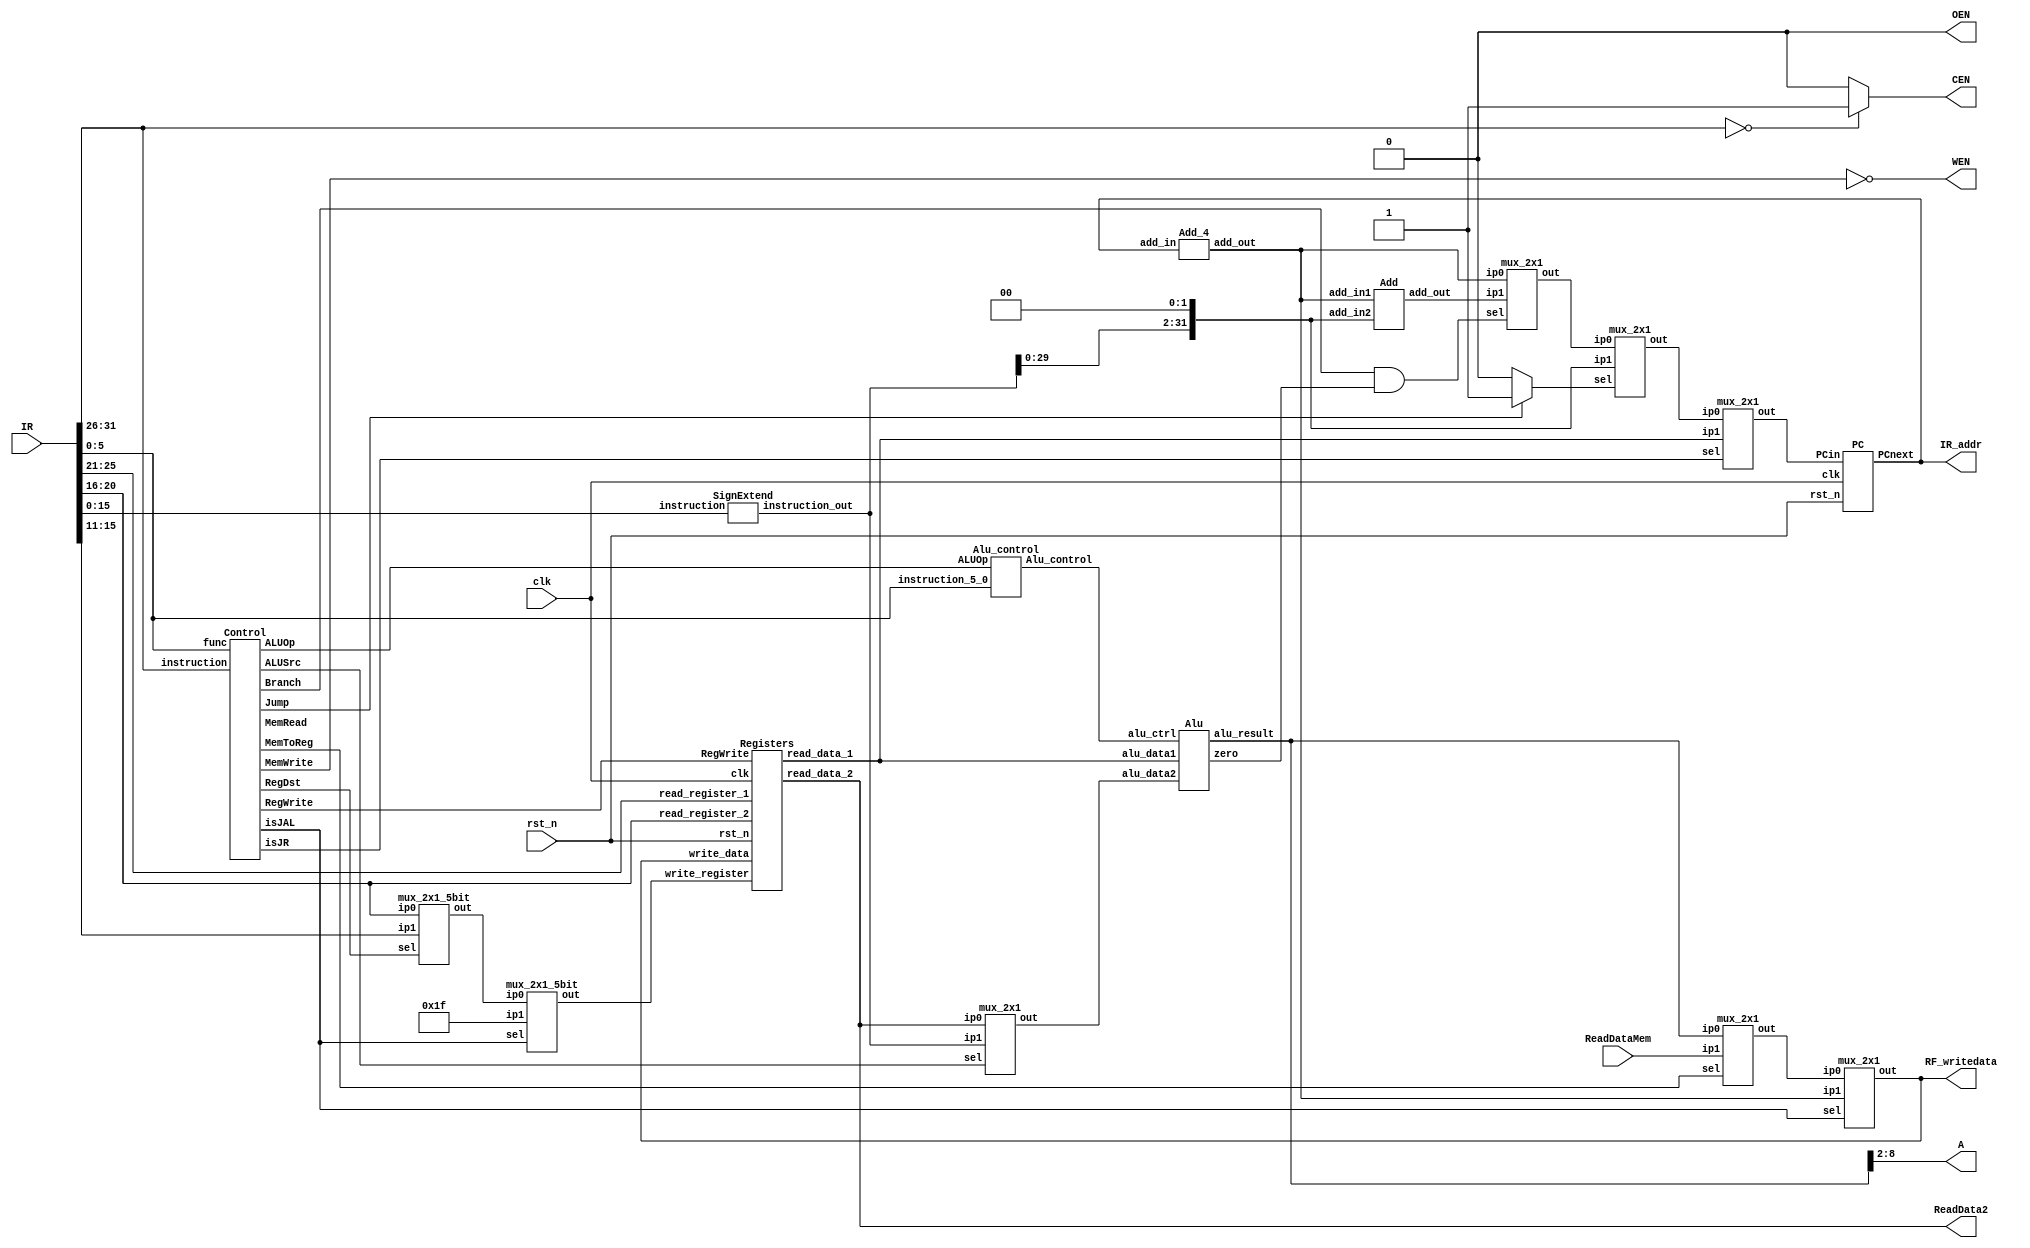
// Single Cycle MIPS
//=========================================================
// Input/Output Signals:
// positive-edge triggered         clk
// active low asynchronous reset   rst_n
// instruction memory interface    IR_addr, IR
// output for testing purposes     RF_writedata  
//=========================================================
// Wire/Reg Specifications:
// control signals             MemToReg, MemRead, MemWrite, 
//                             RegDST, RegWrite, Branch, 
//                             Jump, ALUSrc, ALUOp
// ALU control signals         ALUctrl
// ALU input signals           ALUin1, ALUin2
// ALU output signals          ALUresult, ALUzero
// instruction specifications  r, j, jal, jr, lw, sw, beq
// sign-extended signal        SignExtend
// MUX output signals          MUX_RegDST, MUX_MemToReg, 
//                             MUX_Src, MUX_Branch, MUX_Jump
// registers input signals     Reg_R1, Reg_R2, Reg_W, WriteData 
// registers                   Register
// registers output signals    ReadData1, ReadData2
// data memory contral signals CEN, OEN, WEN
// data memory output signals  ReadDataMem
// program counter/address     PCin, PCnext, JumpAddr, BranchAddr
//=========================================================

module SingleCycle_MIPS( 
    clk,
    rst_n,
    IR_addr,
    IR,
    RF_writedata,
    ReadDataMem,
    CEN,
    WEN,
    A,
    ReadData2,
    OEN
);




//==== in/out declaration =================================
    //-------- processor ----------------------------------
    input         clk, rst_n;
    input  [31:0] IR;
    output [31:0] IR_addr, RF_writedata;
    //-------- data memory --------------------------------
    input  [31:0] ReadDataMem;  // read_data from memory
    output        CEN;  // chip_enable, 0 when you read/write data from/to memory
    output        WEN;  // write_enable, 0 when you write data into SRAM & 1 when you read data from SRAM
    output  [6:0] A;  // address
    output [31:0] ReadData2;  // write_data to memory
    output        OEN;  // output_enable, 0

//==== reg/wire declaration ===============================
    wire [25:0] Inst_25_0;
    wire [4:0] Inst_25_21;
    wire [4:0] Inst_20_16;
    wire [4:0] Inst_15_11;
    wire [15:0] Inst_15_0;
    wire [5:0] Inst_5_0;
    //wire [31:0] shamt; //Shift Amount for SLL and SRL??
    wire [31:0] pc;        //Program Counter
    wire [31:0] PCnext;
    wire [5:0] opcode;
    wire [5:0] funct;
    
    //wire [31:0] ReadData1;
    //wire bcond;
    wire RegDst;
    wire ALUSrc;
    wire MemtoReg;
    wire RegWrite; 
    wire MemRead;
    wire MemWrite;
    wire Jump;
    wire Jump_true;
    wire [1:0] ALUOp;
    wire Branch;
    wire isJAL;
    wire isJR;
    //wire PCSrc1;
    wire zero;
    //wire PCSrc2;
    wire [3:0] ALU_control;
    wire [31:0] ALU_Result;
    wire [31:0] ALU_data1;
    wire [31:0] ALU_data2;
    wire [4:0] register_rd_addr1;
    wire [4:0] register_rd_addr2;
    wire [31:0] register_rd_data2;

    wire [4:0] register_wr_addr;
    wire [31:0] register_wr_data;

    wire [31:0] Add_result;
    wire [31:0] mem_alu_data_out;
    wire [31:0] pc_plus_4;        //PC + 8 to be written to GPR[31] on JAL
    //wire isJAL;    //Set when Instruction is JAL
    //wire isSLL_SRL;//Set when Instruction is SLL or SRL
    wire [31:0] Inst_15_0_sign_extend,Inst_15_0_sign_extend_shift_2; 
    wire [31:0] br_signext_sl2;
    wire [31:0] JumpAddr;
    wire Mux_sel_a;
    wire [4:0] Mux_out_d;
    wire [31:0] Mux_out_a,Mux_out_c,Mux_out_b;
  

  

    assign opcode = IR[31:26];
    assign Inst_5_0  = IR[5:0];
    assign Inst_25_0   = IR[25:0];
    assign Inst_25_21  = IR[25:21];
    assign Inst_20_16  = IR[20:16];
    assign Inst_15_11  = IR[15:11];
    assign Inst_15_0   = IR[15:0];
    assign Inst_15_0_sign_extend_shift_2 = Inst_15_0_sign_extend<<2;
    assign JumpAddr = Inst_15_0_sign_extend_shift_2;
    assign Mux_sel_a = Branch & zero;
    assign WEN =   !MemWrite;
    assign CEN =(!opcode)? 1:0;
    assign OEN = 0;
    assign A = ALU_Result[8:2];
    assign Jump_true = (Jump==1'b1) ? 1:0;

    assign IR_addr=pc;
    assign RF_writedata=register_wr_data;
    //assign ALU_data1 = ReadData1;
    assign register_rd_addr1 = Inst_25_21;
    assign register_rd_addr2 = Inst_20_16;
    assign ReadData2 = register_rd_data2;
    



SignExtend SignExtend_0(Inst_15_0,Inst_15_0_sign_extend);

Alu_control Alu_control_0(
    .instruction_5_0(Inst_5_0),
    .ALUOp(ALUOp),
    .Alu_control(ALU_control)
);

Registers Registers_0(
    .clk(clk),
    .rst_n(rst_n),
    .RegWrite(RegWrite),
    .read_register_1(register_rd_addr1),
    .read_register_2(register_rd_addr2),
    .write_register(register_wr_addr),
    .write_data(register_wr_data),
    .read_data_1(ALU_data1) ,
    .read_data_2(register_rd_data2)
);
   
Alu Alu_0(
    .alu_data1(ALU_data1),
    .alu_data2(ALU_data2),
    .alu_ctrl(ALU_control),
    .zero(zero),
    .alu_result(ALU_Result)
);

Add_4 Add_4_0(
    .add_in(pc),
    .add_out(pc_plus_4)
);

Control Control_0(
    .instruction(opcode),
    .func(Inst_5_0),
    .RegDst(RegDst),
    .Jump(Jump),
    .Branch(Branch),
    .MemRead(MemRead),
    .MemToReg(MemtoReg),
    .ALUOp(ALUOp),
    .MemWrite(MemWrite),
    .ALUSrc(ALUSrc),
    .RegWrite(RegWrite),
    .isJAL(isJAL),
    .isJR(isJR)
);

Add Add_0(
    .add_in1(pc_plus_4),
    .add_in2(Inst_15_0_sign_extend_shift_2),
    .add_out(Add_result)
);

mux_2x1 mux_2x1_a(
    .ip1(Add_result), 
    .ip0(pc_plus_4), 
    .sel(Mux_sel_a), 
    .out(Mux_out_a)
);

mux_2x1 mux_2x1_b(
    .ip1(JumpAddr), 
    .ip0(Mux_out_a), 
    .sel(Jump_true), 
    .out(Mux_out_b)
);

mux_2x1 mux_2x1_c(
    .ip1(ReadDataMem), 
    .ip0(ALU_Result), 
    .sel(MemtoReg), 
    .out(Mux_out_c)
);

mux_2x1_5bit mux_2x1_d(
    .ip1(Inst_15_11), 
    .ip0(Inst_20_16), 
    .sel(RegDst), 
    .out(Mux_out_d)
);

mux_2x1 mux_2x1_e(
    .ip1(Inst_15_0_sign_extend), 
    .ip0(register_rd_data2), 
    .sel(ALUSrc),
    .out(ALU_data2)
);

mux_2x1 mux_2x1_f(
    .ip1(pc_plus_4), 
    .ip0(Mux_out_c), 
    .sel(isJAL), 
    .out(register_wr_data)
);

mux_2x1_5bit mux_2x1_g(
    .ip1(5'd31), 
    .ip0(Mux_out_d), 
    .sel(isJAL), 
    .out(register_wr_addr)
);

mux_2x1 mux_2x1_h(
    .ip1(ALU_data1), 
    .ip0(Mux_out_b), 
    .sel(isJR), 
    .out(PCnext)
);

PC PC_0(
    .clk(clk),
    .rst_n(rst_n),
    .PCin(PCnext),
    .PCnext(pc)
);
//==== combinational part =================================


//==== sequential part ====================================


//=========================================================
endmodule

module Registers(
    clk,
    rst_n,
    RegWrite,
    read_register_1,
    read_register_2,
    write_register,
    write_data,
    read_data_1,
    read_data_2
);
    input RegWrite;
    input clk,rst_n;
    input [4:0] read_register_1,read_register_2,write_register;
    input [31:0] write_data;
    output [31:0] read_data_1,read_data_2;
    reg [31:0] read_data_1_reg,read_data_2_reg;
    reg [31:0] register_file [1:31];
    
    assign read_data_1 = (read_register_1==5'd0) ? 32'd0 : register_file[read_register_1]; 
    assign read_data_2 = (read_register_2==5'd0) ? 32'd0 : register_file[read_register_2]; 



    always@(negedge rst_n or posedge clk)
    begin
        if(rst_n==1'b0)begin
            register_file[1]<=32'b0;
            register_file[2]<=32'b0;
            register_file[3]<=32'b0;
            register_file[4]<=32'b0;
            register_file[5]<=32'b0;
            register_file[6]<=32'b0;
            register_file[7]<=32'b0;
            register_file[8]<=32'b0;
            register_file[9]<=32'b0;
            register_file[10]<=32'b0;
            register_file[11]<=32'b0;
            register_file[12]<=32'b0;
            register_file[13]<=32'b0;
            register_file[14]<=32'b0;
            register_file[15]<=32'b0;
            register_file[16]<=32'b0;
            register_file[17]<=32'b0;
            register_file[18]<=32'b0;
            register_file[19]<=32'b0;
            register_file[20]<=32'b0;
            register_file[21]<=32'b0;
            register_file[22]<=32'b0;
            register_file[23]<=32'b0;
            register_file[24]<=32'b0;
            register_file[25]<=32'b0;
            register_file[26]<=32'b0;
            register_file[27]<=32'b0;
            register_file[28]<=32'b0;
            register_file[29]<=32'b0;
            register_file[30]<=32'b0;
            register_file[31]<=32'b0;
            read_data_1_reg<=32'b0;
            read_data_2_reg<=32'b0;  
        end
        else begin
            if(RegWrite) begin
                register_file[write_register]<=write_data;
            end
        end
    end



endmodule



module Add_4(
    add_in,
    add_out
);
    input [31:0] add_in;
    output [31:0] add_out;
    reg [31:0] add_value;
    
    assign add_out=add_value;
    
    
    always@(*)
    begin
        add_value=add_in+4;
    end

endmodule

module Add(
    add_in1,
    add_in2,
    add_out
);
    input [31:0] add_in1,add_in2;
    output [31:0] add_out;
    reg [31:0] add_value;
    
    assign add_out=add_value;
    
    
    always@(*)
    begin
        add_value=add_in1+add_in2;
    end

endmodule



module Control(
    instruction,
    func,
    RegDst,
    Jump,
    Branch,
    MemRead,
    MemToReg,
    ALUOp,
    MemWrite,
    ALUSrc,
    RegWrite,
    isJAL,
    isJR
);

input [5:0] instruction;
input[5:0] func;
output RegDst,Jump,Branch,MemRead,MemToReg,MemWrite,ALUSrc,RegWrite,isJAL,isJR;
output [1:0] ALUOp;
reg RegDst_reg,Jump_reg,Branch_reg,MemRead_reg,MemToReg_reg,MemWrite_reg,ALUSrc_reg,RegWrite_reg;
reg ALUOp_reg[1:0];

`define BEQ  6'b000100
`define LB   6'b100000
`define LW   6'b100011
`define SB   6'b101000
`define SW   6'b101011
`define JR   6'b001000
`define J    6'b000010
`define JAL  6'b000011
`define JR   6'b001000

assign RegDst= (instruction==6'b0);
assign Jump=(instruction==`J)   || (instruction==`JAL);
assign Branch=(instruction==`BEQ);
assign MemRead=(instruction==`LW)  || (instruction==`LB);
assign MemToReg=(instruction==`LW) || (instruction==`LB);
assign MemWrite=(instruction==`SW)  || (instruction==`SB);
assign ALUSrc=(instruction!=6'b0)&& (instruction!=`BEQ);
assign RegWrite=(instruction!=`SW) && (instruction!=`BEQ) && (instruction!=`J) && (!((instruction==6'd0) &&  (func==`JR))); 
assign ALUOp[1]=(instruction==6'b0);
assign ALUOp[0]=(instruction==`BEQ);
assign isJAL = (instruction==`JAL);
assign isJR = (instruction==6'd0) && (func==`JR);



endmodule

module Alu(
    alu_data1,
    alu_data2,
    alu_ctrl,
    zero,
    alu_result
);

    input [31:0] alu_data1,alu_data2;
    input [3:0] alu_ctrl;
    output zero;
    output [31:0] alu_result;
    reg [31:0] result;

    always@(*)  
    begin  
        case (alu_ctrl)  
            4'b0010: result = alu_data1+alu_data2;
            4'b0110: result = alu_data1-alu_data2;
            4'b0000: result = alu_data1 & alu_data2;
            4'b0001: result = alu_data1 | alu_data2;
            4'b0111: begin
                if(alu_data1<alu_data2) 
                    result=1;
                else
                    result=0;
            end
            default: result=0;
        endcase
    end

    assign alu_result=result;
    assign zero = (alu_ctrl == 4'b0110 && result == 0) ? 1 : 0;
endmodule

module Alu_control(
    instruction_5_0,
    ALUOp,
    Alu_control
);

    input [5:0] instruction_5_0;
    input [1:0] ALUOp;
    output [3:0] Alu_control;
    reg [3:0] Alu_control_reg;

    assign Alu_control=Alu_control_reg;


    always@(*)  
    begin  
        case (ALUOp)
            2'b00: Alu_control_reg=4'b0010;
            2'b01: Alu_control_reg=4'b0110;
            2'b10: begin
                case(instruction_5_0)
                    6'b100000:Alu_control_reg=4'b0010;
                    6'b100010:Alu_control_reg=4'b0110;
                    6'b100100:Alu_control_reg=4'b0000;
                    6'b100101:Alu_control_reg=4'b0001; //or
                    6'b101010:Alu_control_reg=4'b0111;
                    default: Alu_control_reg=4'b0010;
                endcase
                end
            default: Alu_control_reg=4'b0010;
        endcase
    end
endmodule

module PC(
    clk,
    rst_n,
    PCin,
    PCnext
);
    reg [31:0] PC_value;
    input clk,rst_n;
    input [31:0] PCin;
    output [31:0] PCnext;
    assign PCnext=PC_value;

    always@(negedge rst_n or posedge clk)
    begin
        if(rst_n==1'b0)
            PC_value<=31'b0;
        else
            PC_value<=PCin;
    end


endmodule

module SignExtend(
    instruction,
    instruction_out
);
    input [15:0] instruction;
    output [31:0] instruction_out;
    reg [31:0] instruction_value;
    assign instruction_out=instruction_value;

    always@(*)
    begin
        instruction_value[31:0] = { {16{instruction[15]}}, instruction[15:0]};
    end
endmodule

module mux_2x1 (
    ip1, 
    ip0, 
    sel, 
    out
);

input [31:0] ip1;
input [31:0] ip0;
input sel;
output reg [31:0] out;

always@(ip1 or ip0 or sel) begin
  if (sel==1'b1) begin
   out = ip1;
  end 
  else begin 
   out = ip0;
  end
end

endmodule

module mux_2x1_5bit (
    ip1, 
    ip0, 
    sel, 
    out
);

input [4:0] ip1;
input [4:0] ip0;
input sel;
output reg [4:0] out;

always@(ip1 or ip0 or sel) begin
  if (sel==1'b1) begin
   out = ip1;
  end 
  else begin 
   out = ip0;
  end
end

endmodule